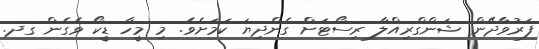
ފަރުވާދޭން ޝަންގްރިއްލާ ރިސޯޓަށް ގެންދިޔަ ކަމަށެވެ. މި މީހާ ޑީކޯ ވެގެން ގދ.